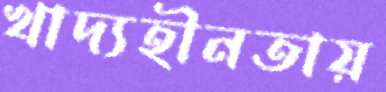
খাদ্যহীনতায়